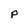
Character: p